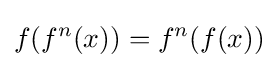
f(f^{n}(x))=f^{n}(f(x))